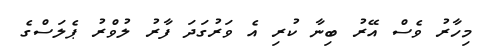
މިހާރު ވެސް އޭރު ބިނާ ކުރި އެ ވަރުގަދަ ފާރު ލުވްރު ޕެލަސްގެ